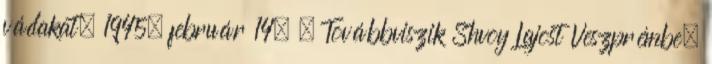
vádakat. 1945. február 14. – Továbbviszik Shvoy Lajost Veszprémbe.